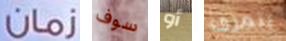
زمان سوف أو يتمزق